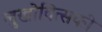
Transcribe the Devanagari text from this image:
लुखोवित्सकी